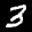
Label: 3